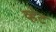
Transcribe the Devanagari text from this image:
व्हेट